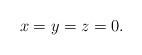
LaTeX: \begin{align*}x=y=z=0.\end{align*}